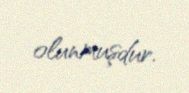
olunmuşdur.